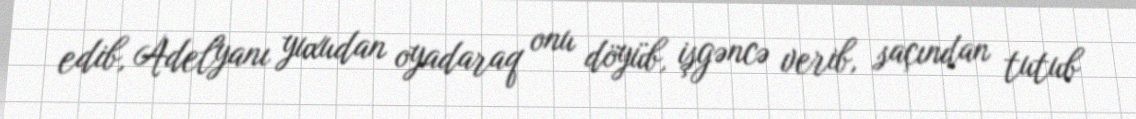
edib, Adelyanı yuxudan oyadaraq onu döyüb, işgəncə verib, saçından tutub